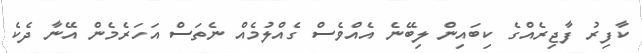
ކާފިރު ފާޖިރެއްގެ ކިބައިން ލިބޭނެ އެއްވެސް ގެއްލުމެއް ނެތަސް އަހަރެމެން އޭނާ ދެކެ